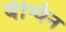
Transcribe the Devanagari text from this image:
बेग्विन